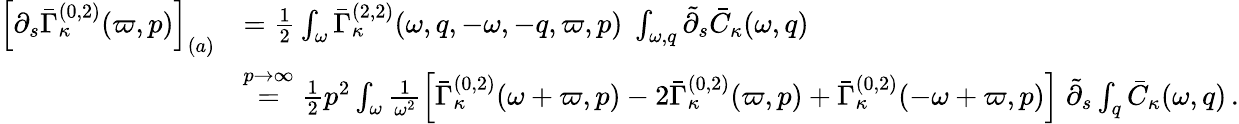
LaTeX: \begin{array}{rl}{\left[\partial_{s}\bar{\Gamma}_{\kappa}^{(0,2)}(\varpi,p)\right]_{(a)}}&{=\frac 12\int_{\omega}\bar{\Gamma}_{\kappa}^{(2,2)}(\omega,q,-\omega,-q,\varpi,p)\; \int_{\omega,q}\tilde{\partial}_{s}\bar{C}_{\kappa}(\omega,q)}\\ &{\stackrel{p\to\infty}{=}\frac 12p^{2}\int_{\omega}\frac 1{\omega^{2}}\left[\bar{\Gamma}_{\kappa}^{(0,2)}(\omega+\varpi,p)-2\bar{\Gamma}_{\kappa}^{(0,2)}(\varpi,p)+\bar{\Gamma}_{\kappa}^{(0,2)}(-\omega+\varpi,p)\right]\; \tilde{\partial}_{s}\int_{q}\bar{C}_{\kappa}(\omega,q)\, .}\end{array}